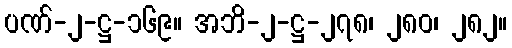
ပဏ်-၂-ဋ္ဌ-၁၆၉။ အဘိ-၂-ဋ္ဌ-၂၇၈၊ ၂၈၀၊ ၂၈၂။